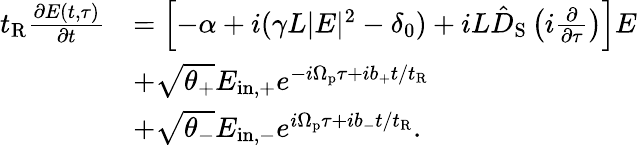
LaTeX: \begin{array}{rl}{t_{\mathrm{R}}\frac{\partial E(t,\tau)}{\partial t}}&{=\left[-\alpha+i(\gamma L|E|^{2}-\delta_{0})+iL\hat{D}_{\mathrm{S}}\left(i\frac{\partial}{\partial\tau}\right)\right]E}\\ &{+\sqrt{\theta_{+}}E_{\mathrm{in,+}}e^{-i\Omega_{\mathrm{p}}\tau+ib_{+}t/t_{\mathrm{R}}}}\\ &{+\sqrt{\theta_{-}}E_{\mathrm{in,-}}e^{i\Omega_{\mathrm{p}}\tau+ib_{-}t/t_{\mathrm{R}}}.}\end{array}